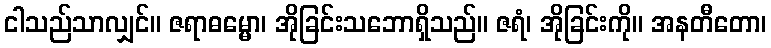
ငါသည်သာလျှင်။ ဇရာဓမ္မော၊ အိုခြင်းသဘောရှိသည်။ ဇရံ၊ အိုခြင်းကို။ အနတီတော၊